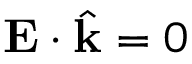
\mathbf { E } \cdot { \hat { \mathbf { k } } } = 0